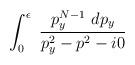
LaTeX: \begin{align*}\int_0^{\epsilon}~ \frac{p_y^{N-1}~ dp_y}{p_y^2 - p^2 - i0}\end{align*}